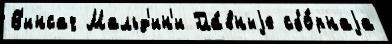
В'инсач Мальд'ин'и Гла́вныjе сбо́рнаjа